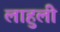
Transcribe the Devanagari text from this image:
लाहुली